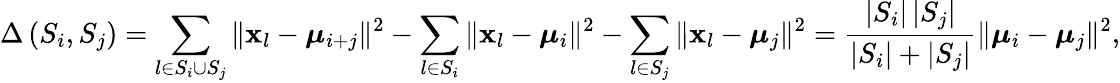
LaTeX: \Delta\left(S_{i},S_{j}\right)=\sum_{l\in S_{i}\cup S_{j}}\| \mathbf{x}_{l}-\boldsymbol{\mu}_{i+j}\| ^{2}-\sum_{l\in S_{i}}\| \mathbf{x}_{l}-\boldsymbol{\mu}_{i}\| ^{2}-\sum_{l\in S_{j}}\| \mathbf{x}_{l}-\boldsymbol{\mu}_{j}\| ^{2}=\frac{\left|S_{i}\right|\left|S_{j}\right|}{\left|S_{i}\right|+\left|S_{j}\right|}\| \boldsymbol{\mu}_{i}-\boldsymbol{\mu}_{j}\| ^{2},